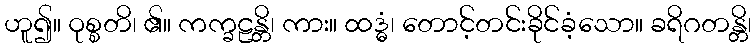
ဟူ၍။ ဝုစ္စတိ၊ ၏။ ကက္ခဠန္တိ၊ ကား။ ထဒ္ဓံ၊ တောင့်တင်းခိုင်ခံ့သော။ ခရိဂတန္တိ၊